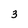
Character: 3